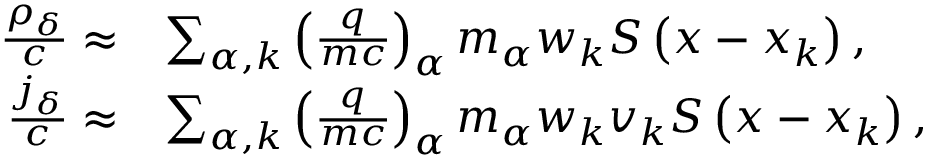
\begin{array} { r l } { \frac { \rho _ { \delta } } { c } \approx } & { \sum _ { \alpha , k } \left( \frac { q } { m c } \right) _ { \alpha } m _ { \alpha } w _ { k } S \left( \boldsymbol { x } - \boldsymbol { x } _ { k } \right) , } \\ { \frac { \boldsymbol { j } _ { \delta } } { c } \approx } & { \sum _ { \alpha , k } \left( \frac { q } { m c } \right) _ { \alpha } m _ { \alpha } w _ { k } \boldsymbol { v } _ { k } S \left( \boldsymbol { x } - \boldsymbol { x } _ { k } \right) , } \end{array}